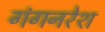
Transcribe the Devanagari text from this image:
गंगनरेश